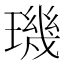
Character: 璣